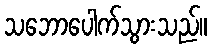
သဘောပေါက်သွားသည်။